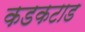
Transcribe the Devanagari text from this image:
कडकटाड